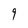
Character: 9